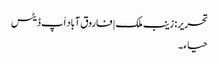
تحریر: زینب ملک | فاروق آباد اَپ ڈیٹس
حیا ء۔